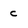
Character: C